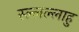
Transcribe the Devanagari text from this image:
स्ल्लल्लाहु